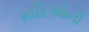
મારિઓની